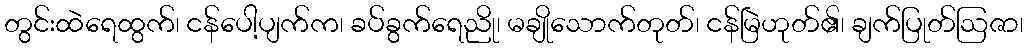
တွင်းထဲရေထွက်၊ ငန်ပေါ့ပျက်က၊ ခပ်ခွက်ရေညို၊ မချိုသောက်တုတ်၊ ငန်မြဲဟုတ်၏၊ ချက်ပြုတ်ဩဇာ၊